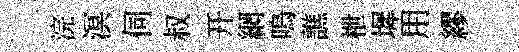
浣溟伺叔开網嗚譙枻墀用繆